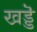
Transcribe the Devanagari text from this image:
खड्डॆ